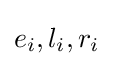
e_{i},l_{i},r_{i}